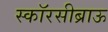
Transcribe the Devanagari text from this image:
स्कॉरसीब्राऊ